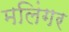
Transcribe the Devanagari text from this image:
मलिंगर